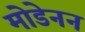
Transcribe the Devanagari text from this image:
मोडेनन